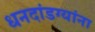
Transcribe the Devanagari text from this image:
धनदांडग्यांना